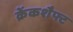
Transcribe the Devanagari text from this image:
क्रेंकशैफ्ट